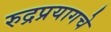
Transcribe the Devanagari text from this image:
रुद्रप्रयागचे